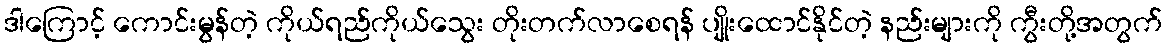
ဒါကြောင့် ကောင်းမွန်တဲ့ ကိုယ်ရည်ကိုယ်သွေး တိုးတက်လာစေရန် ပျိုးထောင်နိုင်တဲ့ နည်းများကို ကွီးတို့အတွက်